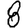
Digit: 8